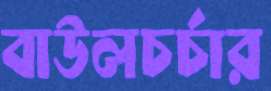
বাউলচর্চার